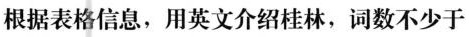
根据表格信息，用英文介绍桂林，词数不少于